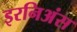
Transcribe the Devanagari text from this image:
इरनिअंस